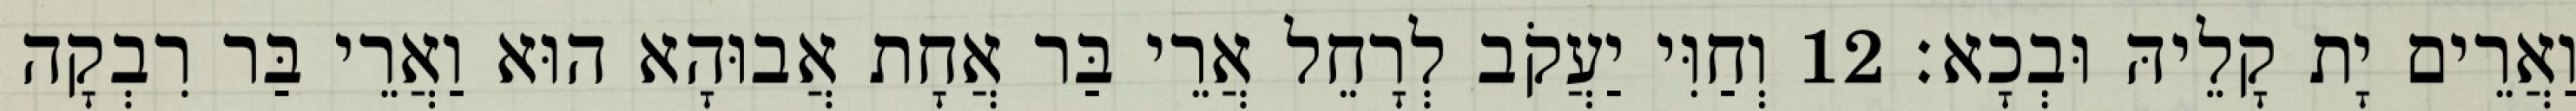
וַאֲרֵים יָת קָלֵיהּ וּבְכָא׃ 12 וְחַוִּי יַעֲקֹב לְרָחֵל אֲרֵי בַּר אֲחָת אֲבוּהָא הוּא וַאֲרֵי בַּר רִבְקָה